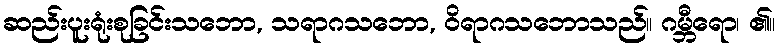
ဆည်းပူးရုံးစုခြင်းသဘော, သရာဂသဘော, ဝိရာဂသဘောသည်။ ဂမ္ဘီရော၊ ၏။